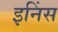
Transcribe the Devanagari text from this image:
इनिंस